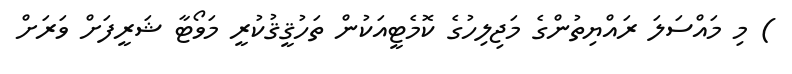
) މި މައްސަލަ ރައްޔިތުންގެ މަޖިލިހުގެ ކޮމެޓީއަކުން ތަހުޤީޤުކުރީ މަވޯޓާ ޝަރީފަށް ވަރަށް